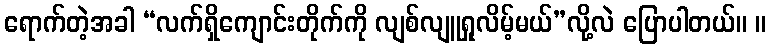
ရောက်တဲ့အခါ “လက်ရှိကျောင်းတိုက်ကို လျစ်လျူရှုလိမ့်မယ်”လို့လဲ ပြောပါတယ်။ ။